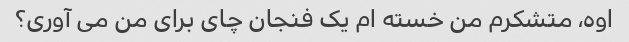
اوه، متشکرم من خسته ام یک فنجان چای برای من می آوری؟